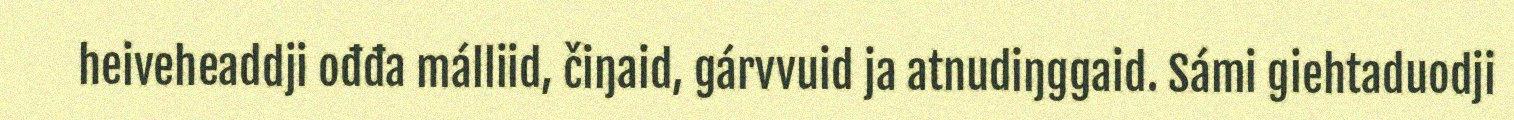
heiveheaddji ođđa málliid, čiŋaid, gárvvuid ja atnudiŋggaid. Sámi giehtaduodji